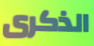
الذكرى